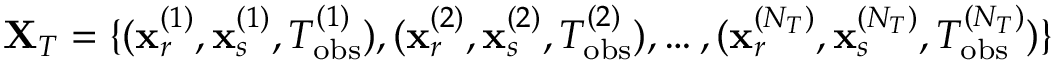
{ \bf X } _ { T } = \{ ( { \bf x } _ { r } ^ { ( 1 ) } , { \bf x } _ { s } ^ { ( 1 ) } , T _ { \mathrm { o b s } } ^ { ( 1 ) } ) , ( { \bf x } _ { r } ^ { ( 2 ) } , { \bf x } _ { s } ^ { ( 2 ) } , T _ { \mathrm { o b s } } ^ { ( 2 ) } ) , \dots , ( { \bf x } _ { r } ^ { ( N _ { T } ) } , { \bf x } _ { s } ^ { ( N _ { T } ) } , T _ { \mathrm { o b s } } ^ { ( N _ { T } ) } ) \}